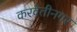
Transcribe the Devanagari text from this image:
करवेतीनगर